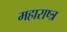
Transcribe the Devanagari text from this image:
महाराष्त्र